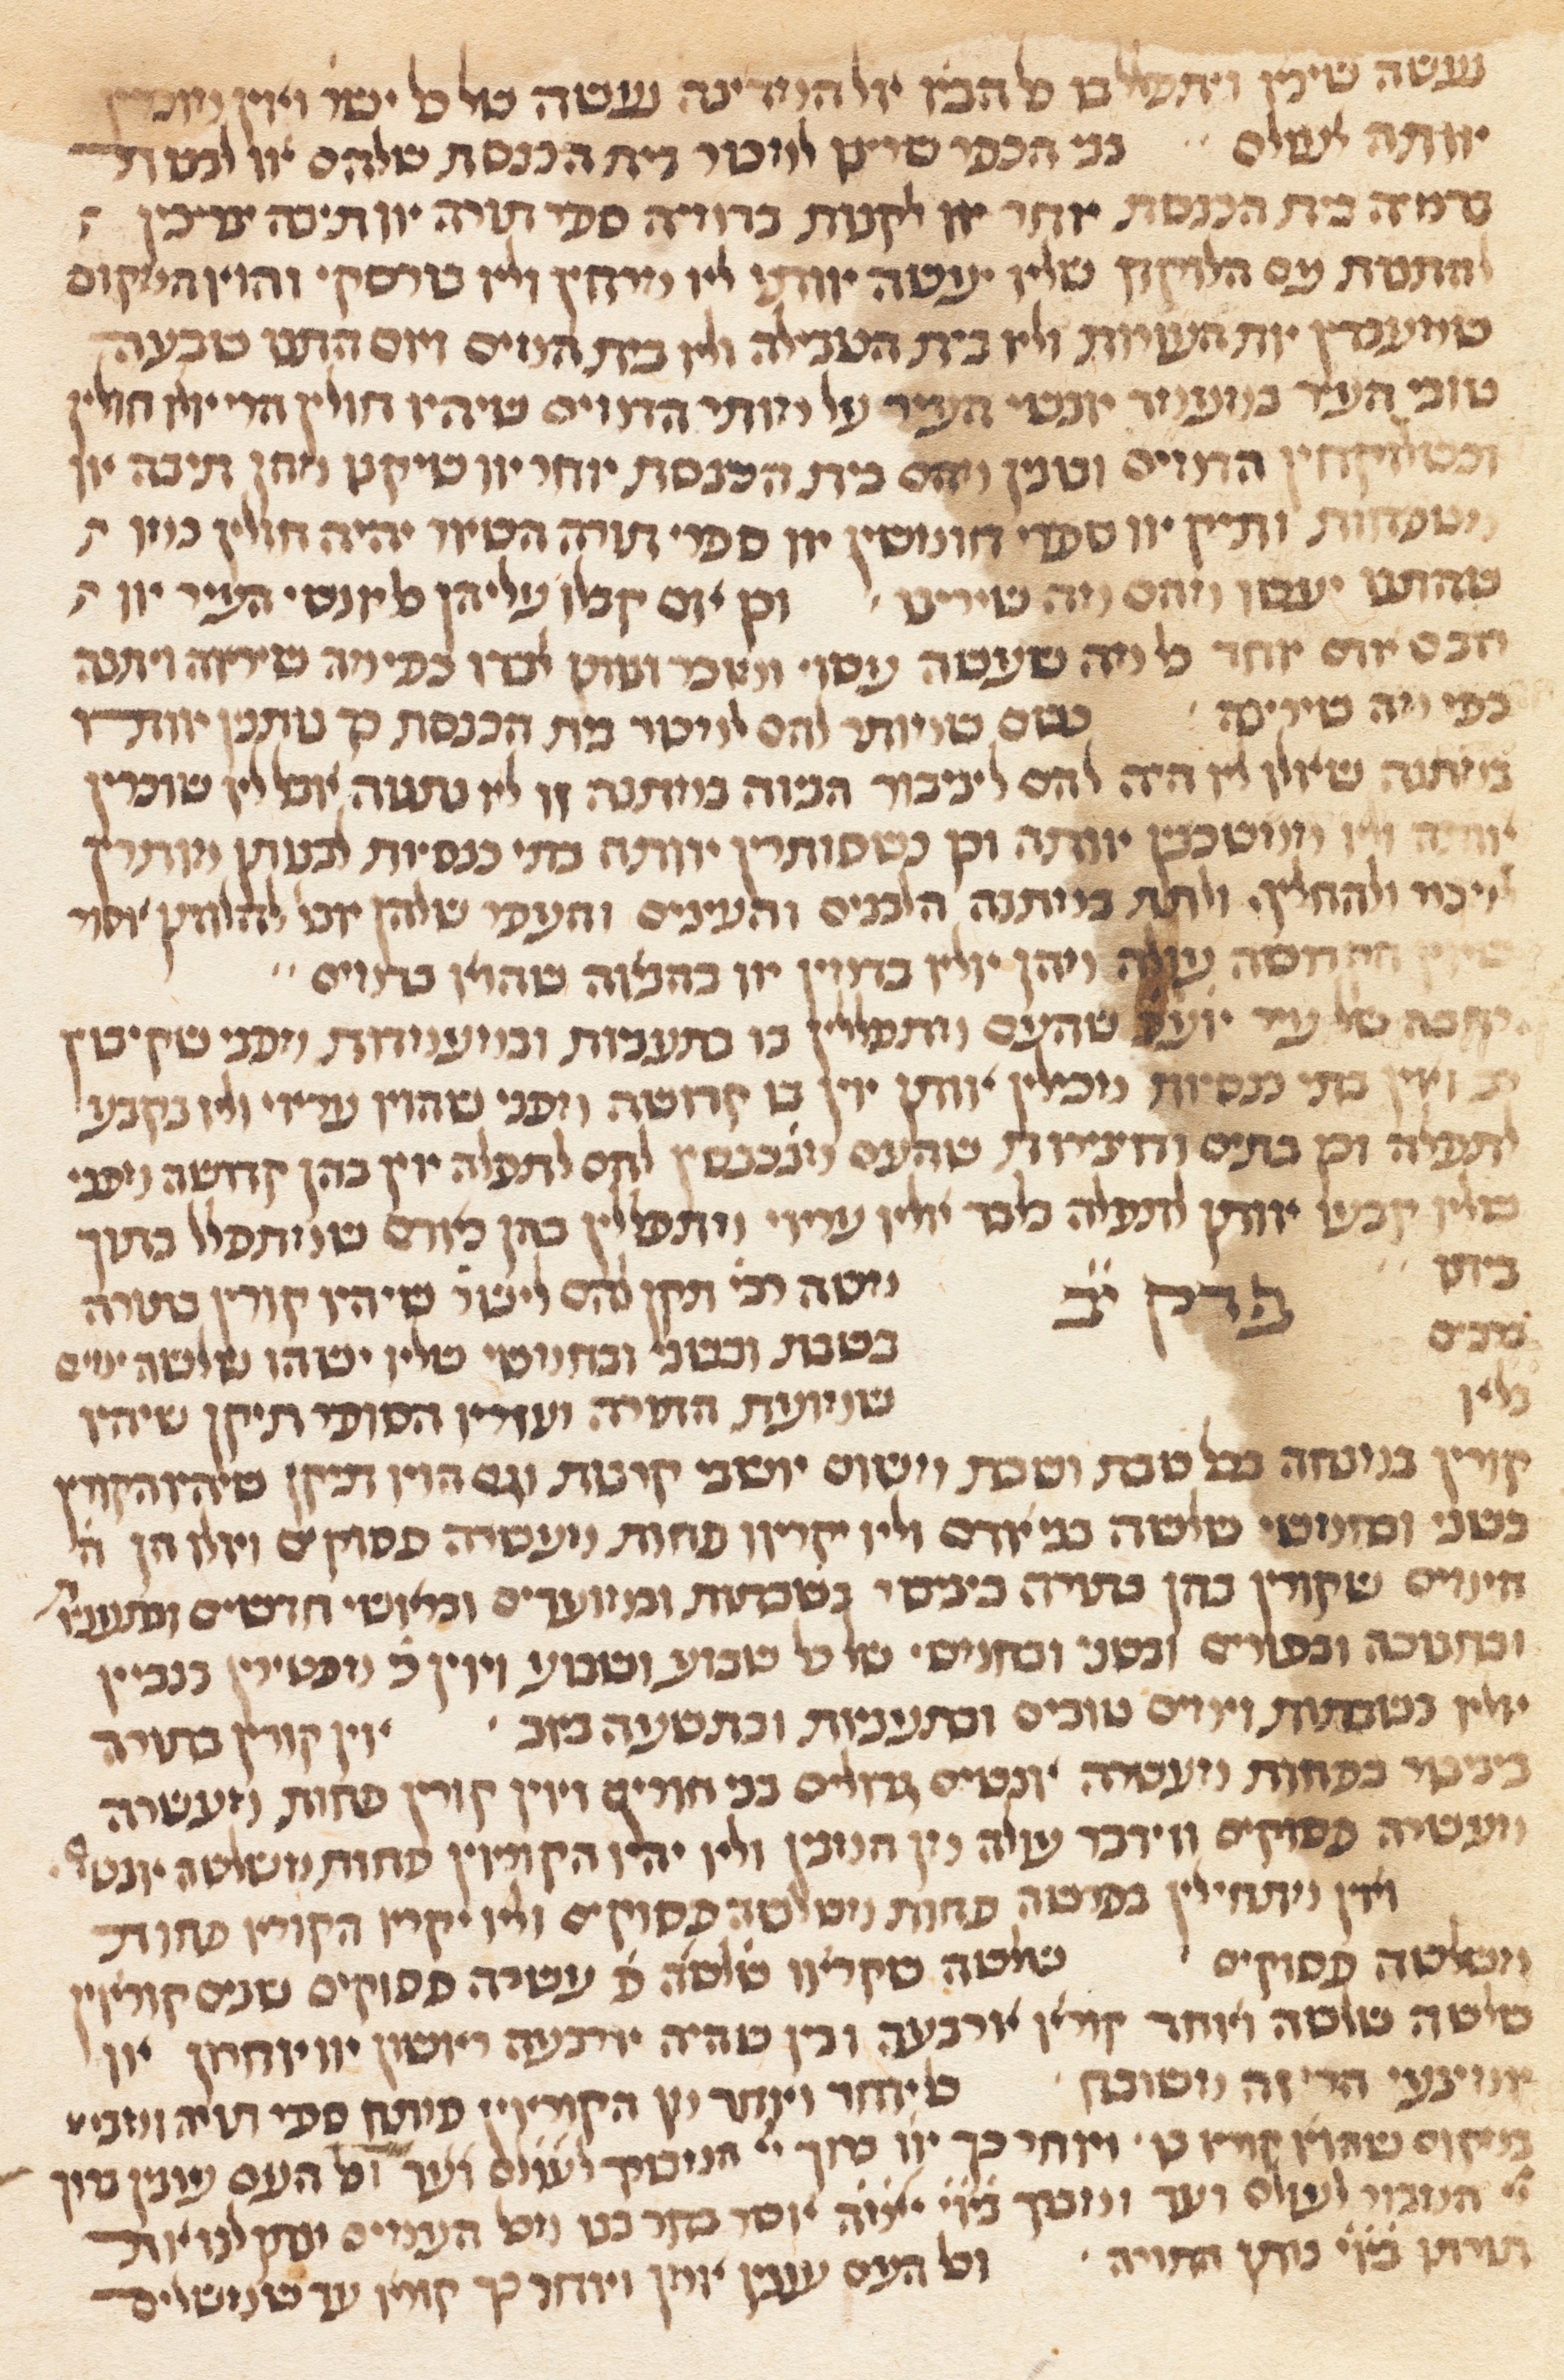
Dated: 1300–1349